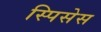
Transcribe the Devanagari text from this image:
स्पिसेस